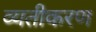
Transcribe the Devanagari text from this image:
व्यतीकरण